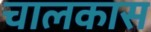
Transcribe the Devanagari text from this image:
चालकास